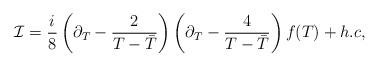
\begin{align*}{\cal I} = \frac{i}{8} \left( \partial_T - \frac{2}{T -{\bar T}} \right)\left( \partial_T - \frac{4}{T -{\bar T}}\right) f(T) + h.c, \end{align*}